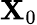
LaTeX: \mathbf{X}_{0}